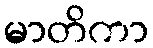
မာတိကာ